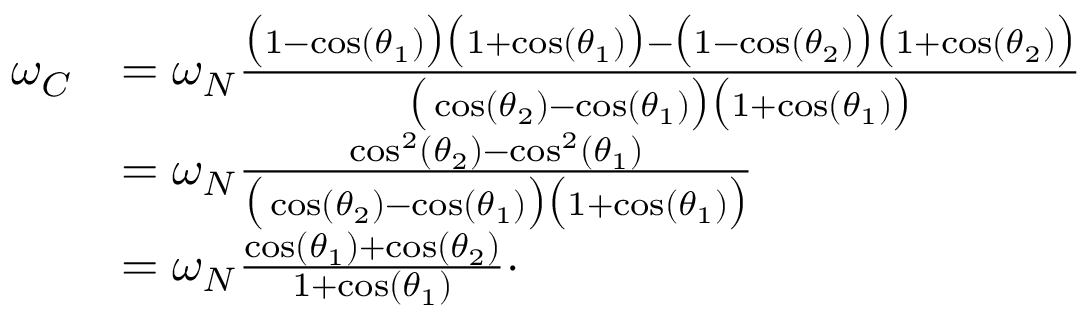
\begin{array} { r l } { \omega _ { C } } & { = \omega _ { N } \frac { \big ( 1 - \cos ( \theta _ { 1 } ) \big ) \big ( 1 + \cos ( \theta _ { 1 } ) \big ) - \big ( 1 - \cos ( \theta _ { 2 } ) \big ) \big ( 1 + \cos ( \theta _ { 2 } ) \big ) } { \big ( \cos ( \theta _ { 2 } ) - \cos ( \theta _ { 1 } ) \big ) \big ( 1 + \cos ( \theta _ { 1 } ) \big ) } } \\ & { = \omega _ { N } \frac { \cos ^ { 2 } ( \theta _ { 2 } ) - \cos ^ { 2 } ( \theta _ { 1 } ) } { \big ( \cos ( \theta _ { 2 } ) - \cos ( \theta _ { 1 } ) \big ) \big ( 1 + \cos ( \theta _ { 1 } ) \big ) } } \\ & { = \omega _ { N } \frac { \cos ( \theta _ { 1 } ) + \cos ( \theta _ { 2 } ) } { 1 + \cos ( \theta _ { 1 } ) } \cdot } \end{array}